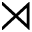
\rtimes